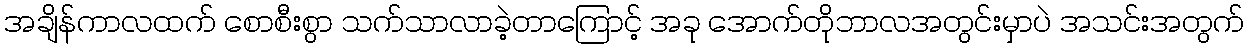
အချိန်ကာလထက် စောစီးစွာ သက်သာလာခဲ့တာကြောင့် အခု အောက်တိုဘာလအတွင်းမှာပဲ အသင်းအတွက်